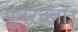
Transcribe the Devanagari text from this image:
पुनर्रचना।